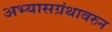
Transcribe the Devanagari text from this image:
अभ्यासग्रंथावरुन